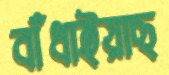
বাঁধাইয়াছ